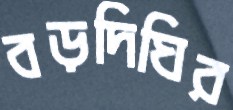
বড়দিঘির